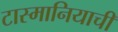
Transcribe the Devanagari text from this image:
टास्मानियाची